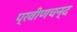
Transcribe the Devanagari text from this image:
प्रवीणचन्द